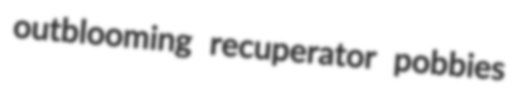
outblooming recuperator pobbies